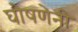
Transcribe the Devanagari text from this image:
घोषणेनी